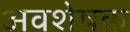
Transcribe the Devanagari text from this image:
अवशेषक